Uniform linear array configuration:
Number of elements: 16
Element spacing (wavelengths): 0.25
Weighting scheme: hamming
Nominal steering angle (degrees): -15
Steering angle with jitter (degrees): -13.265
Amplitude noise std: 0.05
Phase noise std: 0.05

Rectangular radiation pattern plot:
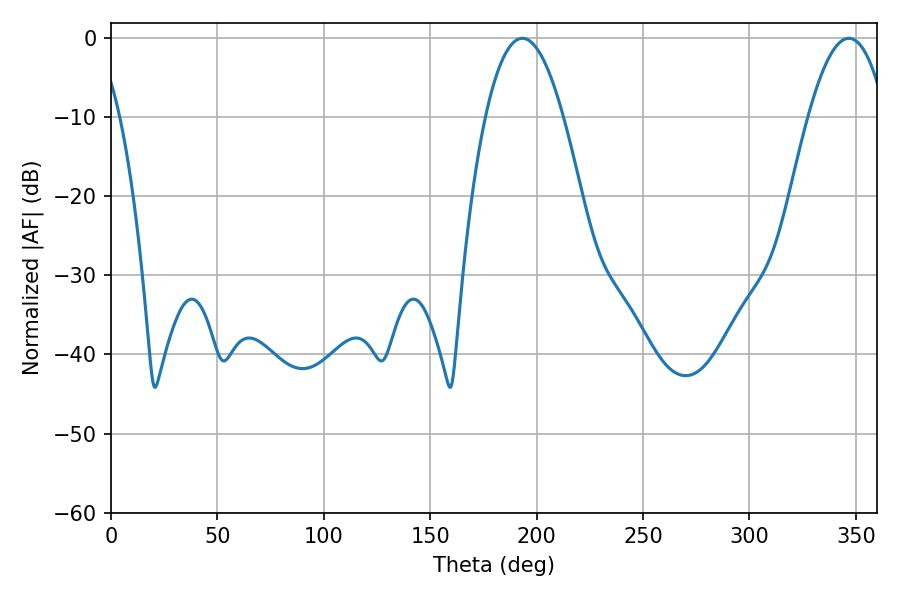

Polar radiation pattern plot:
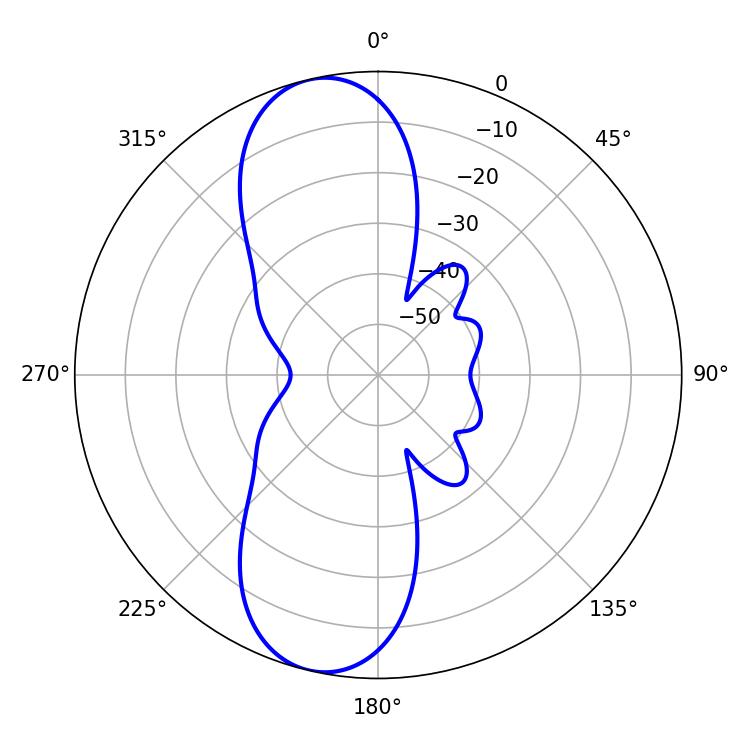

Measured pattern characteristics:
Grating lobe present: FALSE
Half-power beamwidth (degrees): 19.98
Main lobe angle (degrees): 193.32